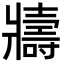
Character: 𭷈